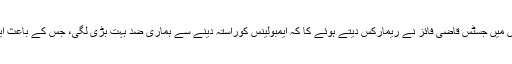
ازخود نوٹس کیس میں جسٹس قاضی فائز نے ریمارکس دیتے ہوئے کا کہ ایمبولینس کوراستہ دینے سے ہماری ضد بہت بڑی لگی، جس کے باعث ایک بچہ فوت ہوا۔